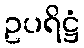
ဥပရိဋ္ဌံ